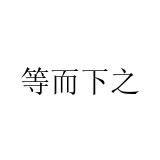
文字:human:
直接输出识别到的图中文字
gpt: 等而下之